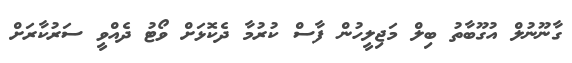
ގާނޫނުލް އުގޫބާތު ބިލް މަޖިލީހުން ފާސް ކުރުމާ ދެކޮޅަށް ވޯޓު ދެއްވީ ސަރުކާރަށް